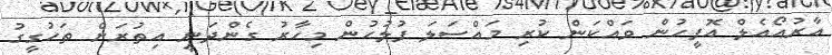
އާރުއޯއެލް އޮފީހުން ވައްކަން ކުރި މައްސަލަ ފުލުހުން މިހާރު ގެންދަނީ އިތުރަށް ތަހުގީގު